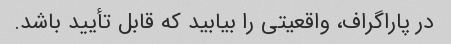
در پاراگراف، واقعیتی را بیابید که قابل تأیید باشد.